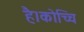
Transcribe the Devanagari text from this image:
है।कोच्चि